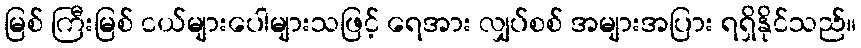
မြစ် ကြီးမြစ် ငယ်များပေါများသဖြင့် ရေအား လျှပ်စစ် အများအပြား ရရှိနိုင်သည်။